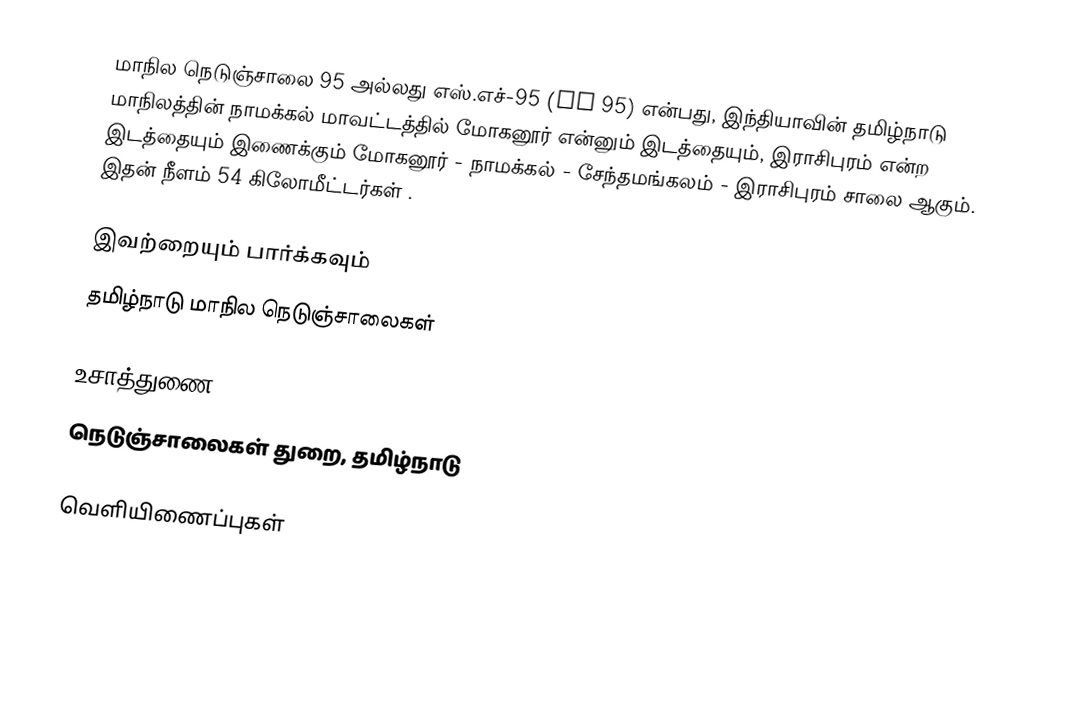
மாநில நெடுஞ்சாலை 95 அல்லது எஸ்.எச்-95 (SH 95) என்பது, இந்தியாவின் தமிழ்நாடு மாநிலத்தின் நாமக்கல் மாவட்டத்தில் மோகனூர் என்னும் இடத்தையும், இராசிபுரம் என்ற இடத்தையும் இணைக்கும் மோகனூர் - நாமக்கல் - சேந்தமங்கலம் - இராசிபுரம் சாலை ஆகும். இதன் நீளம் 54  கிலோமீட்டர்கள் .

இவற்றையும் பார்க்கவும்
 தமிழ்நாடு மாநில நெடுஞ்சாலைகள்

உசாத்துணை
 நெடுஞ்சாலைகள் துறை, தமிழ்நாடு

வெளியிணைப்புகள்